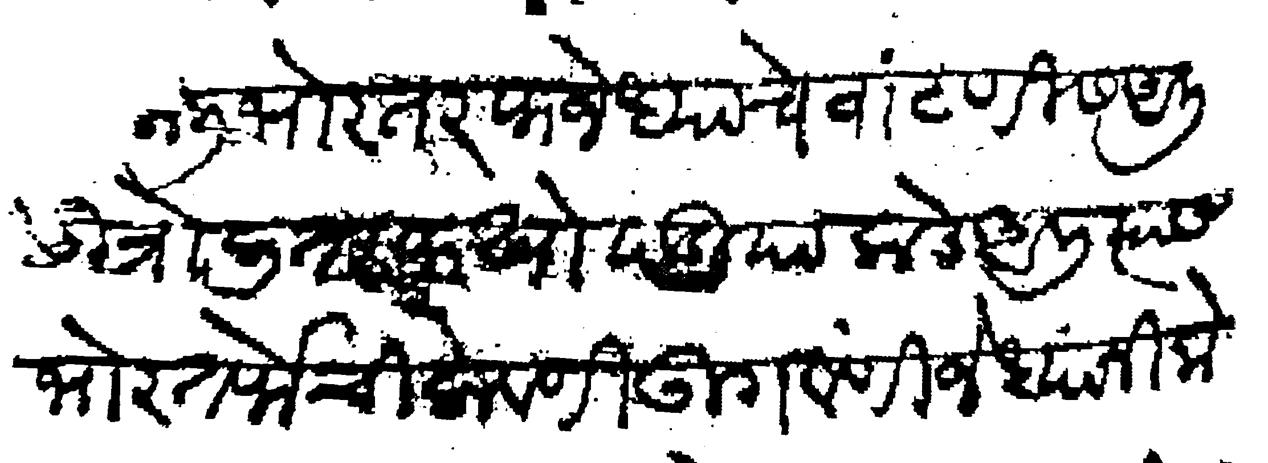
Transliteration (Devanagari): केली भोर तरफ जेध्याचे वांटणीस आली उत्रोली तरफ खोपडी याकडे आली त्यास भोर तर्फेची लावणी उगवणी जेध्यानी केली